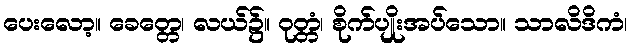
ပေးလော့။ ခေတ္တေ၊ လယ်၌။ ဝုတ္တံ၊ စိုက်ပျိုးအပ်သော။ သာလိဒိကံ၊